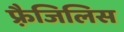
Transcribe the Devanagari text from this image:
फ़्रैजिलिस